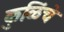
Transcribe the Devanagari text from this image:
कुळिंचे